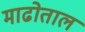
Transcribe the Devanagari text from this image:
माढोताल